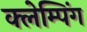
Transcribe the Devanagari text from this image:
क्लेम्पिंग